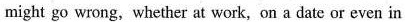
might gu wrong, whether at work, on a date or even in